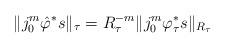
LaTeX: \begin{align*} \|j_0^m\hat{\varphi}^*s\|_{\tau} = R_{\tau}^{-m}\|j_0^m\varphi_{\tau}^*s\|_{R_{\tau}} \end{align*}